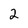
Character: 2